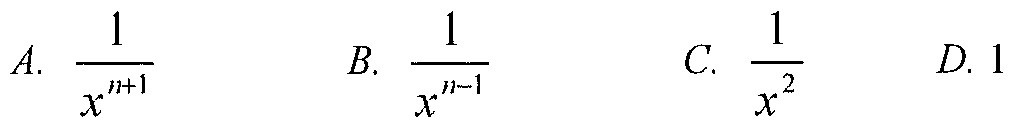
A. \(\frac{1}{x^{n + 1}}\)  B. \(\frac{1}{x^{n - 1}}\)  C. \(\frac{1}{x^{2}}\)  D. \(1\)